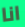
انا